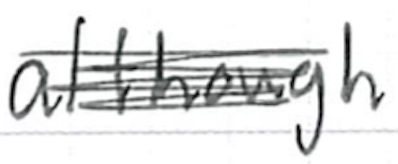
Text: although
Cross-out: scratch
Writing tool: ballpoint